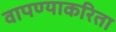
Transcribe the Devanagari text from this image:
वापण्‍याकरिता